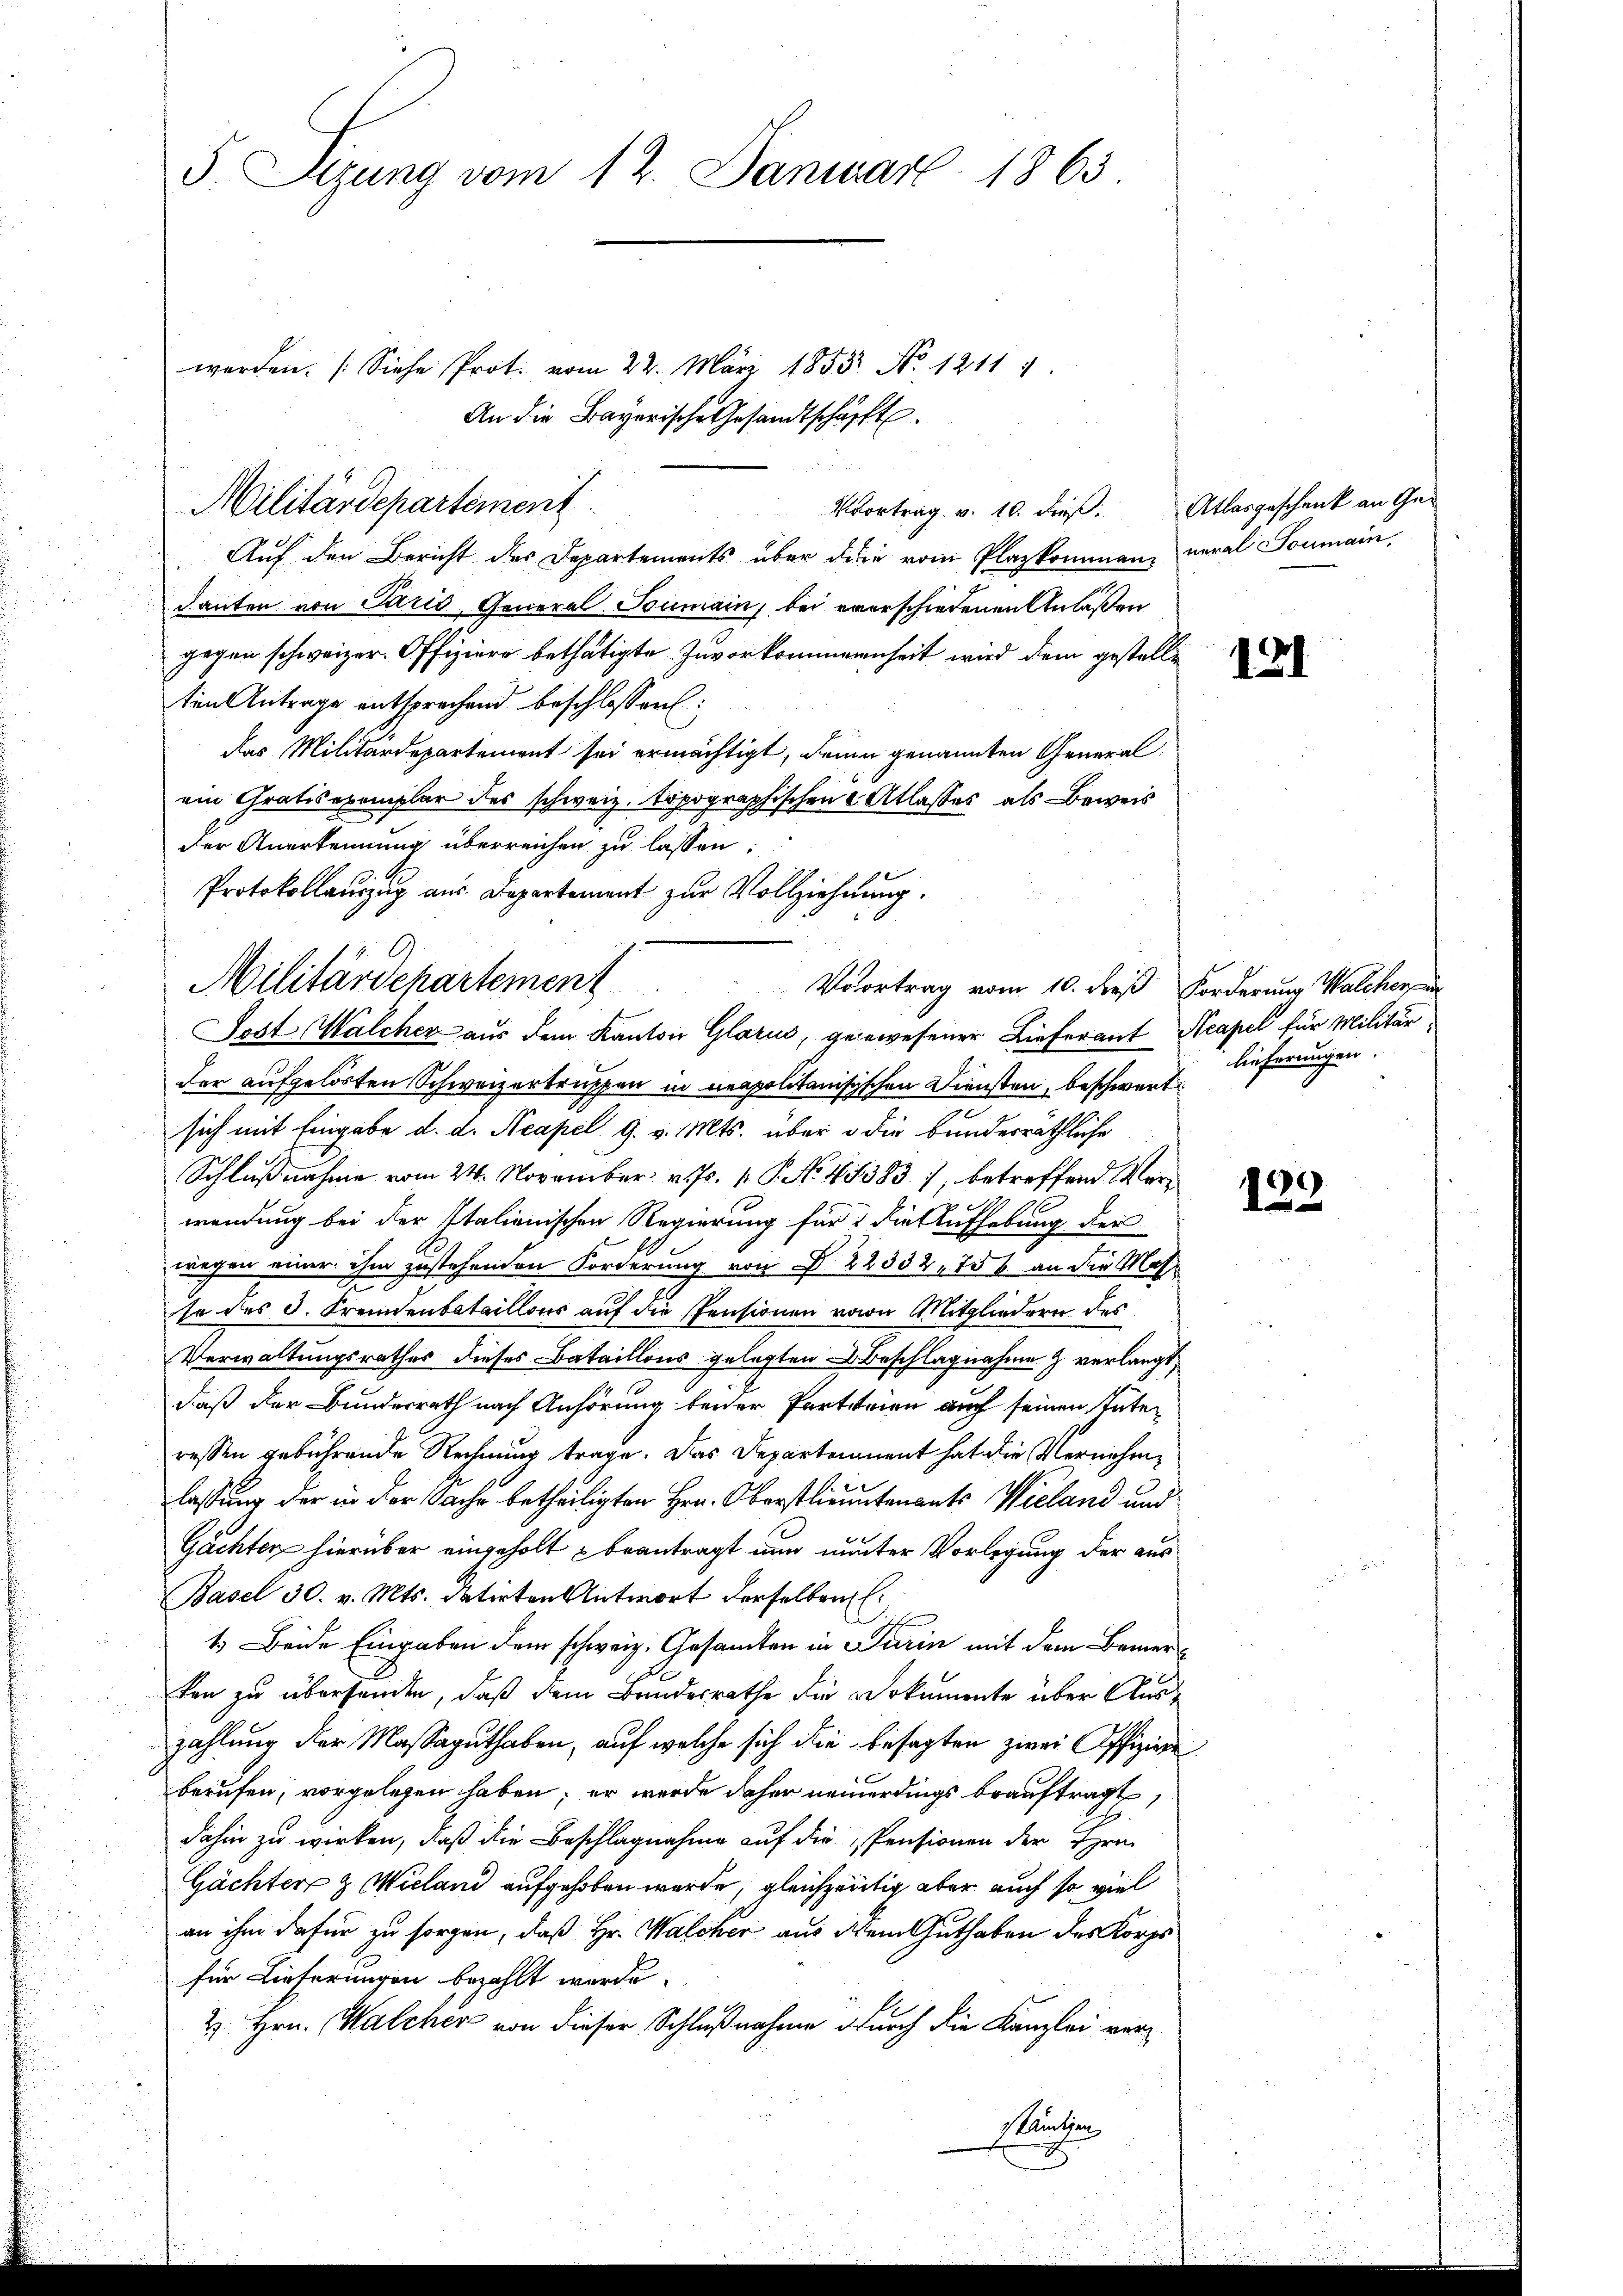
5 Sizung vom 12. Januar 1863.

werden. (Siehe Prot. vom 22. März 1853 No 12114.
An die Bayerische Gesandtschafft.
Vvortrag v. 10. dieß. Atlasgeschenk an Ge¬
Auf den Bericht der Departements über dein vom Plazkommen, neral Soumain,
danten von Paris, General Sumain, bei everschiedenen Anlaßen
gegen schweizer. Offiziere bethätigte Zuvorkommenheit wird dem gestelle
ten Antrage entsprechend beschlossen:
das Militärdepartement sei ermächtigt, denen genannten Generalein Gratisexemplar des schweiz. topographischen Atlasses, als Beweis
der Anerkennung überreichen zu lassen:
der aufgelösten Schweizertruppen in neapolitanisischen Diensten, beschwert
sich mit Eingabe d. d. Neapel 9. v. Mts. über die bundesräthliche
Schlußnahme vom 24. November v. Js. 1. P. No. 41383. 7, betreffend Verwendung bei der Italienischen Regierung für die Aufhebung der
wegen einer ihm zustehenden Forderung von § 22332. 750 an die Mas-
te des J. Fremdenbataillons auf die Pensionen von Mitgliedern des
Verwaltungsrathes dieses Bataillons gelegten Beschlagnahme & verlangt,
daß der Bunderrath nach Anhörung beider Partsteien auch seinen Tuteressen gebührende Rechnung trage. Das Departement hat die Vernehmlassung der in der Sache betheiligten Hrn. Oberstlieutenants Wieland und
Gächten hierüber eingeholt beantragt nun nunter Vorlegung der aus
Basel 30. v. Mts. datirten Antwort derselben
1.) Beide Eingaben dem schweiz. Gesandten in Turin mit dem Bemerkon zu überhanden, daß dem Bundesrathe die Dokumente über Auszahlung der Massaguthaben, auf welche sich die besagten zwei Offiziere
berufen, vorgelegen haben; er werde daher neuerdings beauftragt,
dahin zu wirken, daß die Beschlagnahme auf die Pensionen der Hrn
Gächter z. Wieland aufgehoben wurde, gleichzeitig aber auch so viel
an ihm dafür zu sorgen, daß Hr. Walcher aus dem Guthaben des Korps
für Lieferungen bezahlt wurde.
Z. Hrn. Malcher von dieser Schlußnahme durch die Kanzlei veruthen

Militärdepartement

Protokollauszug aus Departement zur Vollziehung.
Militärdepartement
Vorortrag vom 10. dieß Forderung Walcherper
Post Walcher aus dem Kanton Glarus, gegewesener Lieferant Neapel für Militär¬

121

lieferungen.

)
1